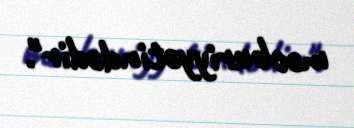
məcburiyyətindədir".